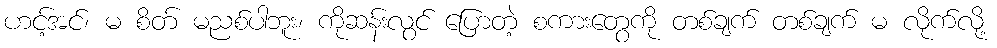
ဟင့်အင်၊ မ စိတ် မညစ်ပါဘူး၊ ကိုဆန်းလွင် ပြောတဲ့ စကားတွေကို တစ်ချက် တစ်ချက် မ လိုက်လို့